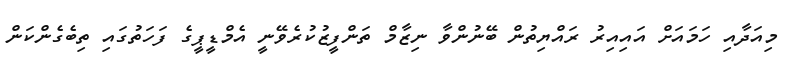
މިއަދާއި ހަމައަށް އައިއިރު ރައްޔިތުން ބޭނުންވާ ނިޒާމް ތަންފީޒުކުރެވޭނީ އެމްޑީޕީގެ ފަހަތުގައި ތިބެގެންކަން